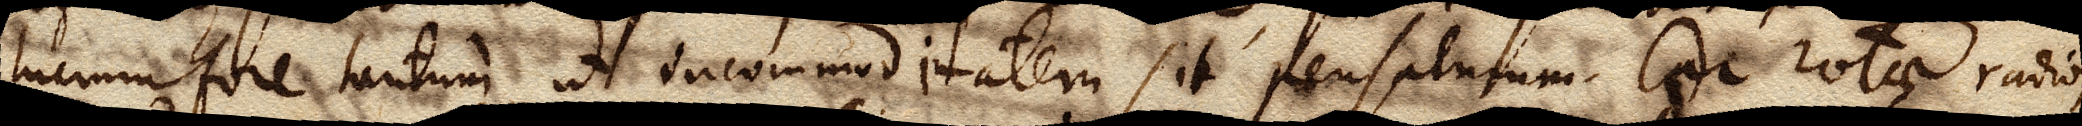
lucrum fore tantum ut incommoditatem sit pensaturum. Cur rotae radios